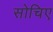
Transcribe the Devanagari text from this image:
सोचिए